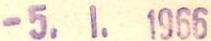
-5.1.1966